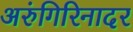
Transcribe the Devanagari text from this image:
अरुंगिरिनादर